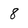
Character: 8